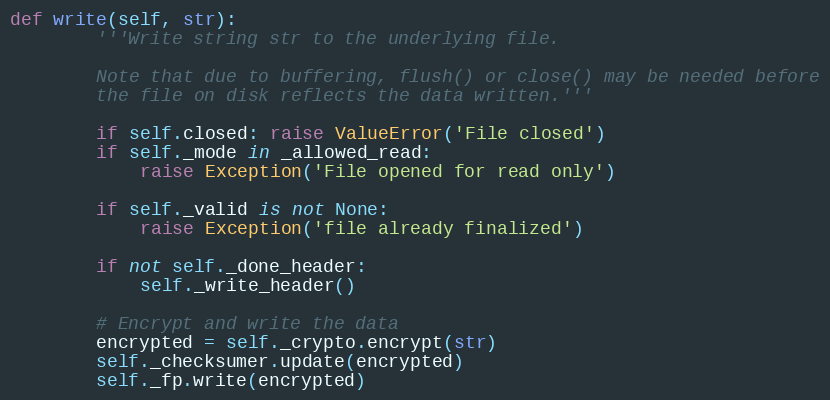
Language: Python
def write(self, str):
        '''Write string str to the underlying file.

        Note that due to buffering, flush() or close() may be needed before
        the file on disk reflects the data written.'''

        if self.closed: raise ValueError('File closed')
        if self._mode in _allowed_read:
            raise Exception('File opened for read only')

        if self._valid is not None:
            raise Exception('file already finalized')

        if not self._done_header:
            self._write_header()

        # Encrypt and write the data
        encrypted = self._crypto.encrypt(str)
        self._checksumer.update(encrypted)
        self._fp.write(encrypted)